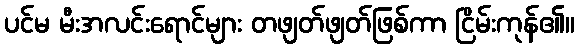
ပင်မ မီးအလင်းရောင်များ တဖျတ်ဖျတ်ဖြစ်ကာ ငြိမ်းကုန်၏။